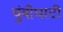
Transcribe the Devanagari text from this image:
चुंबीघाटी